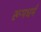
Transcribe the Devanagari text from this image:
रूपधर्म